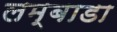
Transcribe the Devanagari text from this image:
लम्बाडा